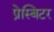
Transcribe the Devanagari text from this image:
प्रेस्बिटर